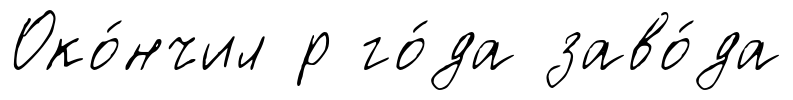
Око́нчил р го́да заво́да